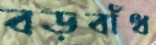
বড়বাঁধ